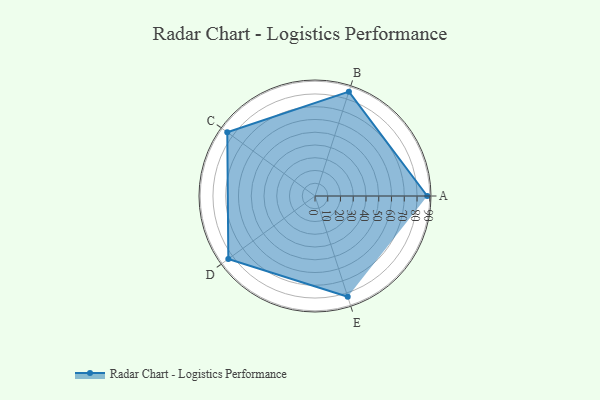
{"axis": {"x": "Skill", "y": "Score"}, "legend": ["Profile"], "data": [{"x": "A", "y": 88.0, "type": "Profile"}, {"x": "B", "y": 86.0, "type": "Profile"}, {"x": "C", "y": 85.0, "type": "Profile"}, {"x": "D", "y": 84.0, "type": "Profile"}, {"x": "E", "y": 83.0, "type": "Profile"}]}